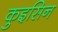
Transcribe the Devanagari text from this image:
कुइसिन